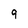
Character: 9